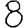
Digit: 8